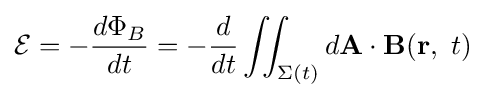
{\mathcal {E}}=-{\frac {d\Phi _{B}}{dt}}=-{\frac {d}{dt}}\iint _{\Sigma (t)}d\mathbf {A} \cdot \mathbf {B} (\mathbf {r} ,\ t)\